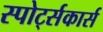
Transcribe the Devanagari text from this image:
स्पोर्ट्सकार्स